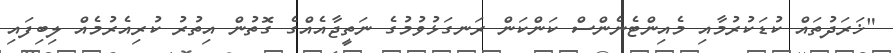
"ޚަރަދުތައް ކުޑަކުރުމާއި މެއިންޓެނެންސް ކަންކަން ރަނގަޅުވުމުގެ ނަތީޖާއެއްގެ ގޮތުން އިތުރު ކުރިއެރުމެއް ލިބިފައި